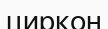
циркон